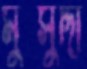
মুত্সুদ্দী